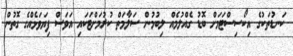
ކަނޑުތަކުގެ އިކޯސިސްޓަމަށް ބޮޑު ގެއްލުމެއް ލިބުމުން ސަލާމަތް ކުރުމަށްޓަކައި އަވަސް ފިޔަވަޅެއްގެ ގޮތުން